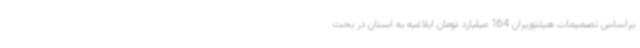
براساس تصمیمات هیئتوزیران 164 میلیارد تومان ابلاغیه به استان در بحث